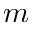
m